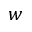
w